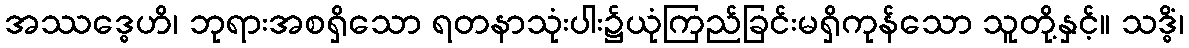
အဿဒ္ဓေဟိ၊ ဘုရားအစရှိသော ရတနာသုံးပါး၌ယုံကြည်ခြင်းမရှိကုန်သော သူတို့နှင့်။ သဒ္ဓိံ၊